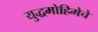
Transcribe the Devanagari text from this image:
युद्धमोहिमेचे